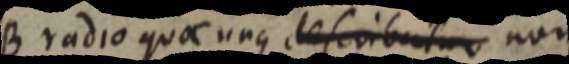
B radio quocunque descributur non